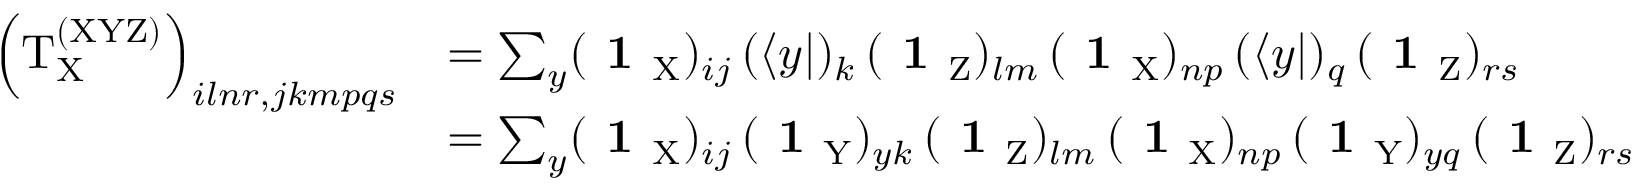
\begin{array} { r l } { \left( \mathrm { T } _ { \mathrm { X } } ^ { \mathrm { ( X Y Z ) } } \right) _ { i l n r , j k m p q s } } & { = \sum _ { y } ( \textbf { 1 } _ { \mathrm { X } } ) _ { i j } \, ( \langle y | ) _ { k } \, ( \textbf { 1 } _ { \mathrm { Z } } ) _ { l m } \, ( \textbf { 1 } _ { \mathrm { X } } ) _ { n p } \, ( \langle y | ) _ { q } \, ( \textbf { 1 } _ { \mathrm { Z } } ) _ { r s } } \\ & { = \sum _ { y } ( \textbf { 1 } _ { \mathrm { X } } ) _ { i j } \, ( \textbf { 1 } _ { \mathrm { Y } } ) _ { y k } \, ( \textbf { 1 } _ { \mathrm { Z } } ) _ { l m } \, ( \textbf { 1 } _ { \mathrm { X } } ) _ { n p } \, ( \textbf { 1 } _ { \mathrm { Y } } ) _ { y q } \, ( \textbf { 1 } _ { \mathrm { Z } } ) _ { r s } } \end{array}